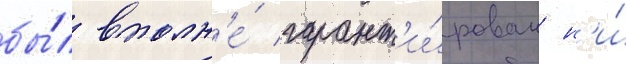
бы́л вполн'е́ гарант'и́рован н'и́